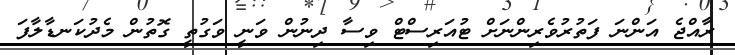
ރާއްޖެ އަންނަ ފަތުރުވެރިންނަށް ޓުއަރިސްޓް ވިސާ ދިނުން ވަނީ ވަގުތީ ގޮތުން މެދުކަނޑާލާފަ